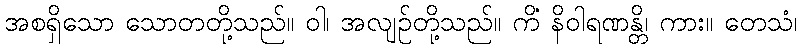
အစရှိသော သောတတို့သည်။ ဝါ၊ အလျဉ်တို့သည်။ ကိံ နိဝါရဏန္တိ၊ ကား။ တေသံ၊